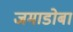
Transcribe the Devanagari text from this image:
जमाडोबा